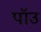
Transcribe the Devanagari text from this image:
पॉउ